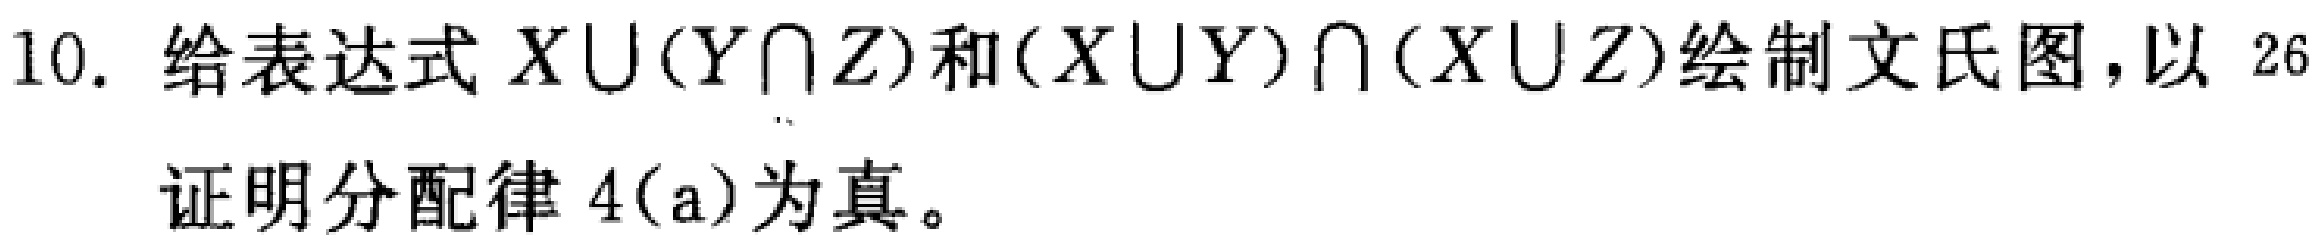
10. 给表达式 \(X\cup(Y\cap Z)\) 和 \((X\cup Y)\cap(X\cup Z)\) 绘制文氏图，以 26

证明分配律 4(a)为真。